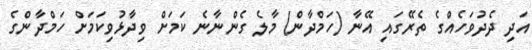
އަދި ދެދުވަހެއްގެ ތެރޭގައި އޭނާ (ހަމްދާން) މާލެ ގެންނާނެ ކަމަށް ވިދާޅުވިކަމަށް ހަމްދާންގެ